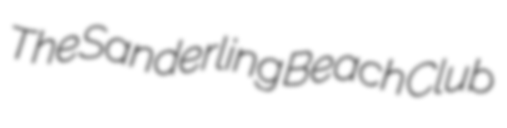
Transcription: The Sanderling Beach Club